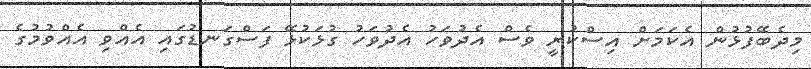
މިދެބޭފުޅުން އެކަމަށް އިސްކުރީ ވެސް އެދުވަހު އެދުވަހު ގުޅަކުޅޭ ފަސްގަނޑުގައި އެއްވި އެއްވުމުގެ